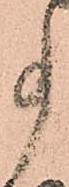
事